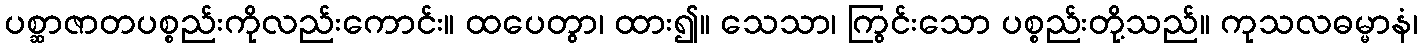
ပစ္ဆာဇာတပစ္စည်းကိုလည်းကောင်း။ ထပေတွာ၊ ထား၍။ သေသာ၊ ကြွင်းသော ပစ္စည်းတို့သည်။ ကုသလဓမ္မာနံ၊